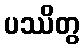
ပဿိတွ